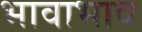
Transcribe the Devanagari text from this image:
भावाभाव